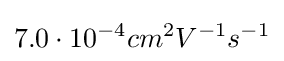
7.0\cdot 10^{-4}cm^{2}V^{-1}s^{-1}